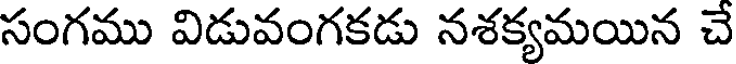
సంగము విడువంగకడు నశక్యమయిన చే